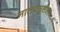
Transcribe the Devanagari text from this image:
नाट्यसृष्टीला